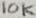
Text: 10K